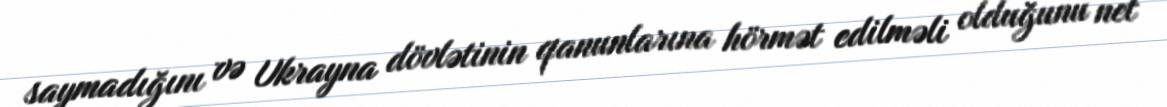
saymadığını və Ukrayna dövlətinin qanunlarına hörmət edilməli olduğunu net